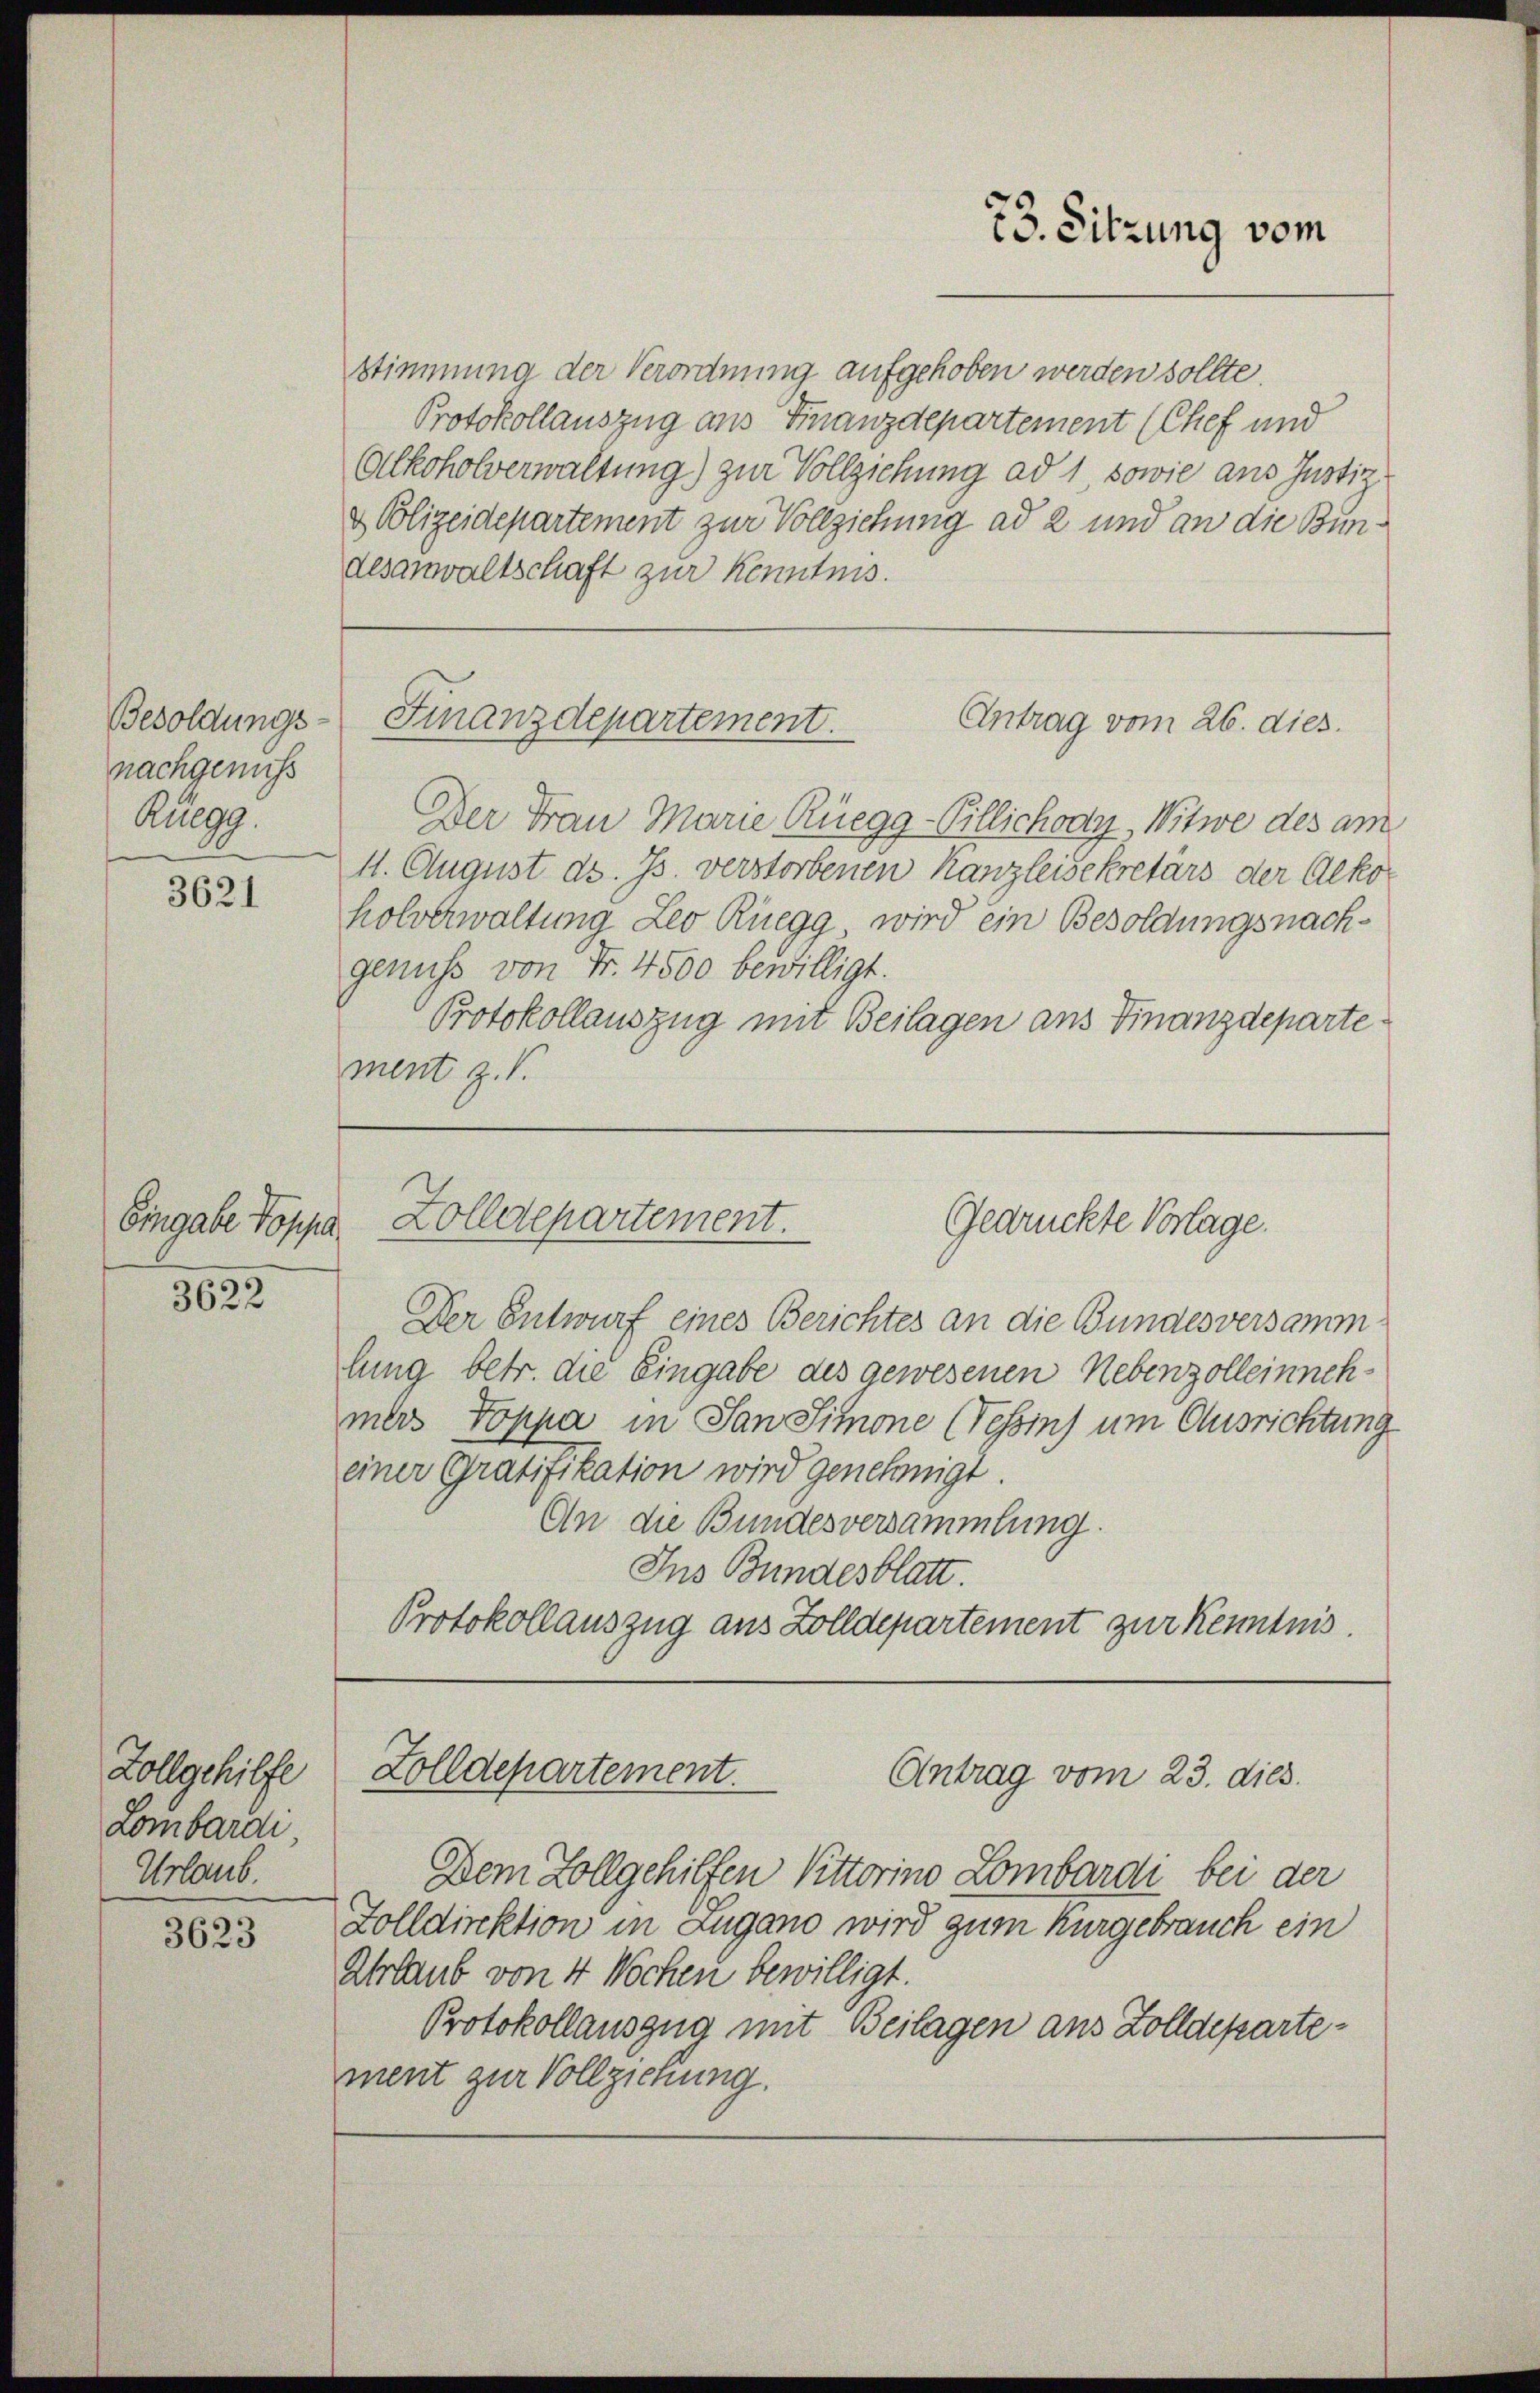
Besoldungs-
nachgenuss
Rüegg.

3621

Eingabe Poppa
3622

Zollgehilfe
Lombardi
Urlaub.

3623

Finanzdepartement.

Stimmung der Verordnung aufgehoben werden sollte.
Protokollauszug aus Finanzdepartement (Chef und
Alkoholverwaltung) zur Vollziehung ad 1, sowie ans Justiz
& Polizeidepartement zur Vollziehung ad 2 und an die Bundesanwaltschaft zur Kenntnis.
Der Frau Marie Rüegg-Villichody, Witwe des am
11. August ds. Js. verstorbenen Kanzleisekretärs der Alko
holverwaltung Leo Rüegg wird ein Besoldungsnachgenuss von Fr. 4500 bewilligt.
Protokollauszug mit Beilagen aus Finanzdeparte
ment z.

Zolldepartement.
Gedrückte Vorlage.

73. Sitzung vom

Antrag vom 26. dies.

Zolldepartement.
Antrag vom 23. dies.

Der Entwurf eines Berichtes an die Bundesversammlung betr. die Eingabe des gewesenen Nebenzolleinnehmers Toppa in San Simone (Tessin um Ausrichtung
einer Gratifikation wird genehmigt.
An die Bundesversammlung.
Ins Bundesblatt.
Protokollauszug aus Zolldepartement zur Kenntnis.

Dem Zollgehilfen Vittorino Lombardi bei der
Zolldirektion in Zugano wird zum Kurgebrauch ein
Ahrlaub von 4 Wochen bewilligt.
Protokollauszug mit Beilagen aus Zolldepartement zur Vollziehung.